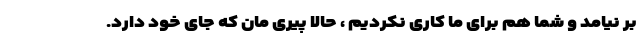
بر نیامد و شما هم برای ما کاری نکردیم ، حالا پیری مان که جای خود دارد.